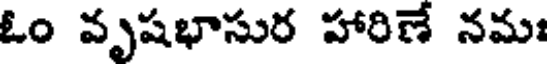
ఓం వృషభాసుర హారిణే నమః